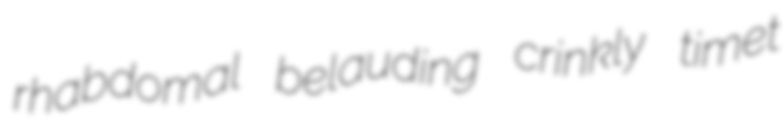
rhabdomal belauding crinkly timet